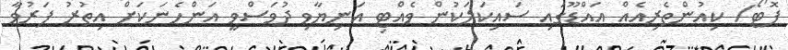
ފޮޓޯ/ ކިއުންތެރިއެއް އައްޑޫގައި ސައިކަލަކުން ވެއްޓި އަނިޔާވި ދުވަސްވީ އަންހެނަކަށް އިތުރު ފަރުވާ